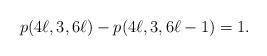
LaTeX: \begin{align*}p(4\ell, 3, 6\ell)-p(4\ell, 3, 6\ell-1)=1.\end{align*}